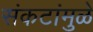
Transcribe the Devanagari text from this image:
संकटांमुळे